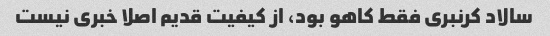
سالاد کرنبری فقط کاهو بود، از کیفیت قدیم اصلا خبری نیست